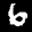
Label: 6